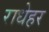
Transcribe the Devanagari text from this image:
राधेहर